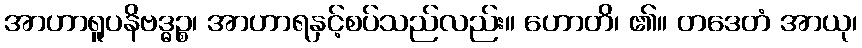
အာဟာရူပနိဗဒ္ဓဉ္စ၊ အာဟာရနှင့်စပ်သည်လည်း။ ဟောတိ၊ ၏။ တဒေတံ အာယု၊